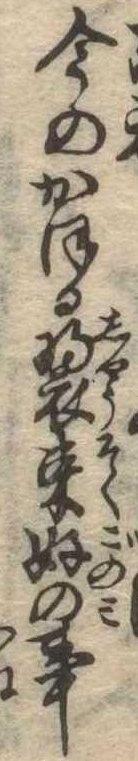
今のかほる装束好の事